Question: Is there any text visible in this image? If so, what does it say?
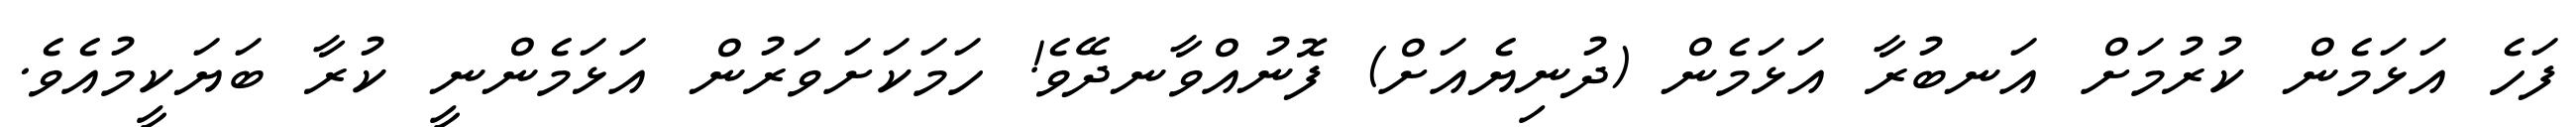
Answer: ފަހެ އަޅަމެން ކުރުމަށް އަނބުރާ އަޅަމެން (ދުނިޔެއަށް) ފޮނުއްވާނދޭވެ! ހަމަކަށަވަރުން އަޅަމެންނީ ކުރާ ބަޔަކީމުއެވެ.